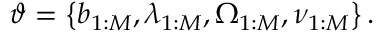
\vartheta = \left\{ b _ { 1 : M } , \lambda _ { 1 : M } , \Omega _ { 1 : M } , \nu _ { 1 : M } \right\} .